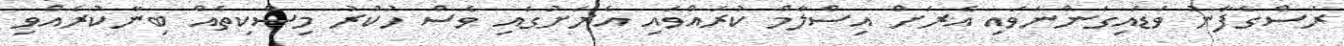
ރަސްގެފާނު ވަޑައިގަންނަވައި އެރަށް އިސްލާމް ކުރައްވައި އެރަށުގައި ވެސް ހުކުރު މިސްކިތެއް ބިނާކުރެއްވި